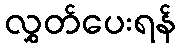
လွှတ်ပေးရန်